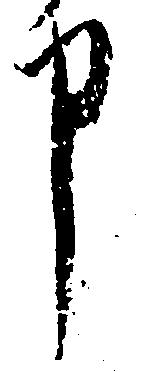
申